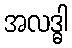
အလဒ္ဓါ